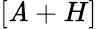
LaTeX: [\mathit{A}+H]